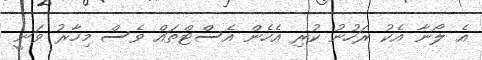
އެ ލޯނާ އެކު ރަހުނު ކުރި އެހެން އެސްޓްތައް ވެސް މިހާރު ވަނީ